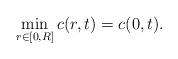
LaTeX: \begin{align*}\min_{r\in[0,R]}c(r,t)=c(0,t).\end{align*}